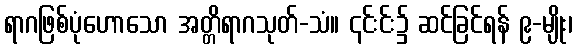
ရာဂဖြစ်ပုံဟောသော အတ္တိရာဂသုတ်-သံ။ ၎င်းင်း၌ ဆင်ခြင်ရန် ၉-မျိုး၊